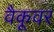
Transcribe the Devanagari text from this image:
वैकूवर